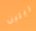
ريلين